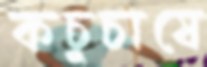
কচুচাষে